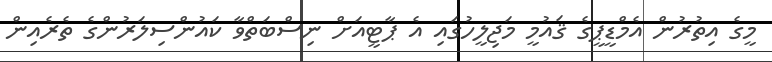
މީގެ އިތުރުން އެމްޑީޕީގެ ޤައުމީ މަޖިލީހުގައި އެ ޕާޓީއަށް ނިސްބަތްވާ ކައުންސިލަރުންގެ ތެރެއިން